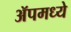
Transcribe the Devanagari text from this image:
ॲपमध्ये